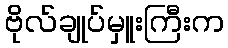
ဗိုလ်ချုပ်မှူးကြီးက